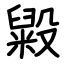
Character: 毇